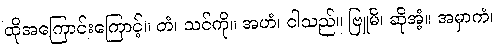
ထိုအကြောင်းကြောင့်။ တံ၊ သင်ကို။ အဟံ၊ ငါသည်။ ဗြူမိ၊ ဆိုအံ့။ အမှာကံ၊